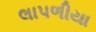
લાપળીયા